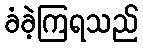
ခံခဲ့ကြရသည်